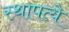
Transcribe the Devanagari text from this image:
स्थापत्ये